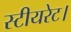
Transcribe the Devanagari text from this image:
स्टीयरेट।